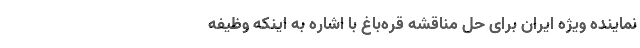
نماینده ویژه ایران برای حل مناقشه قره‌باغ با اشاره به اینکه وظیفه